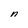
Character: n